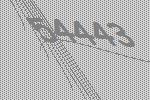
54443